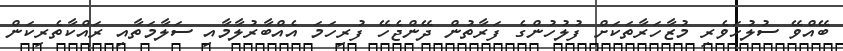
ބޭއްވޭ ސުލުހަވެރި މުޒާހަރާތަކަށް ފުލުހުންގެ ފަރާތުން ދޭންޖެހޭ ފުރިހަމަ އެއްބާރުލާމާއި ސަލާމަތާއި ރައްކާތެރިކަން